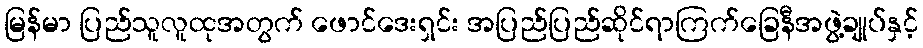
မြန်မာ ပြည်သူလူထုအတွက် ဖောင်ဒေးရှင်း အပြည်ပြည်ဆိုင်ရာကြက်ခြေနီအဖွဲ့ချုပ်နှင့်